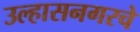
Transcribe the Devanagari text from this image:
उल्हासनगरचे